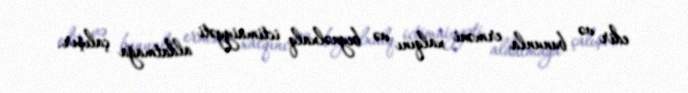
edir və bununla erməni xalqını və beynəlxalq ictimaiyyəti aldatmağa çalışır.